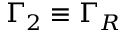
\Gamma _ { 2 } \equiv \Gamma _ { R }